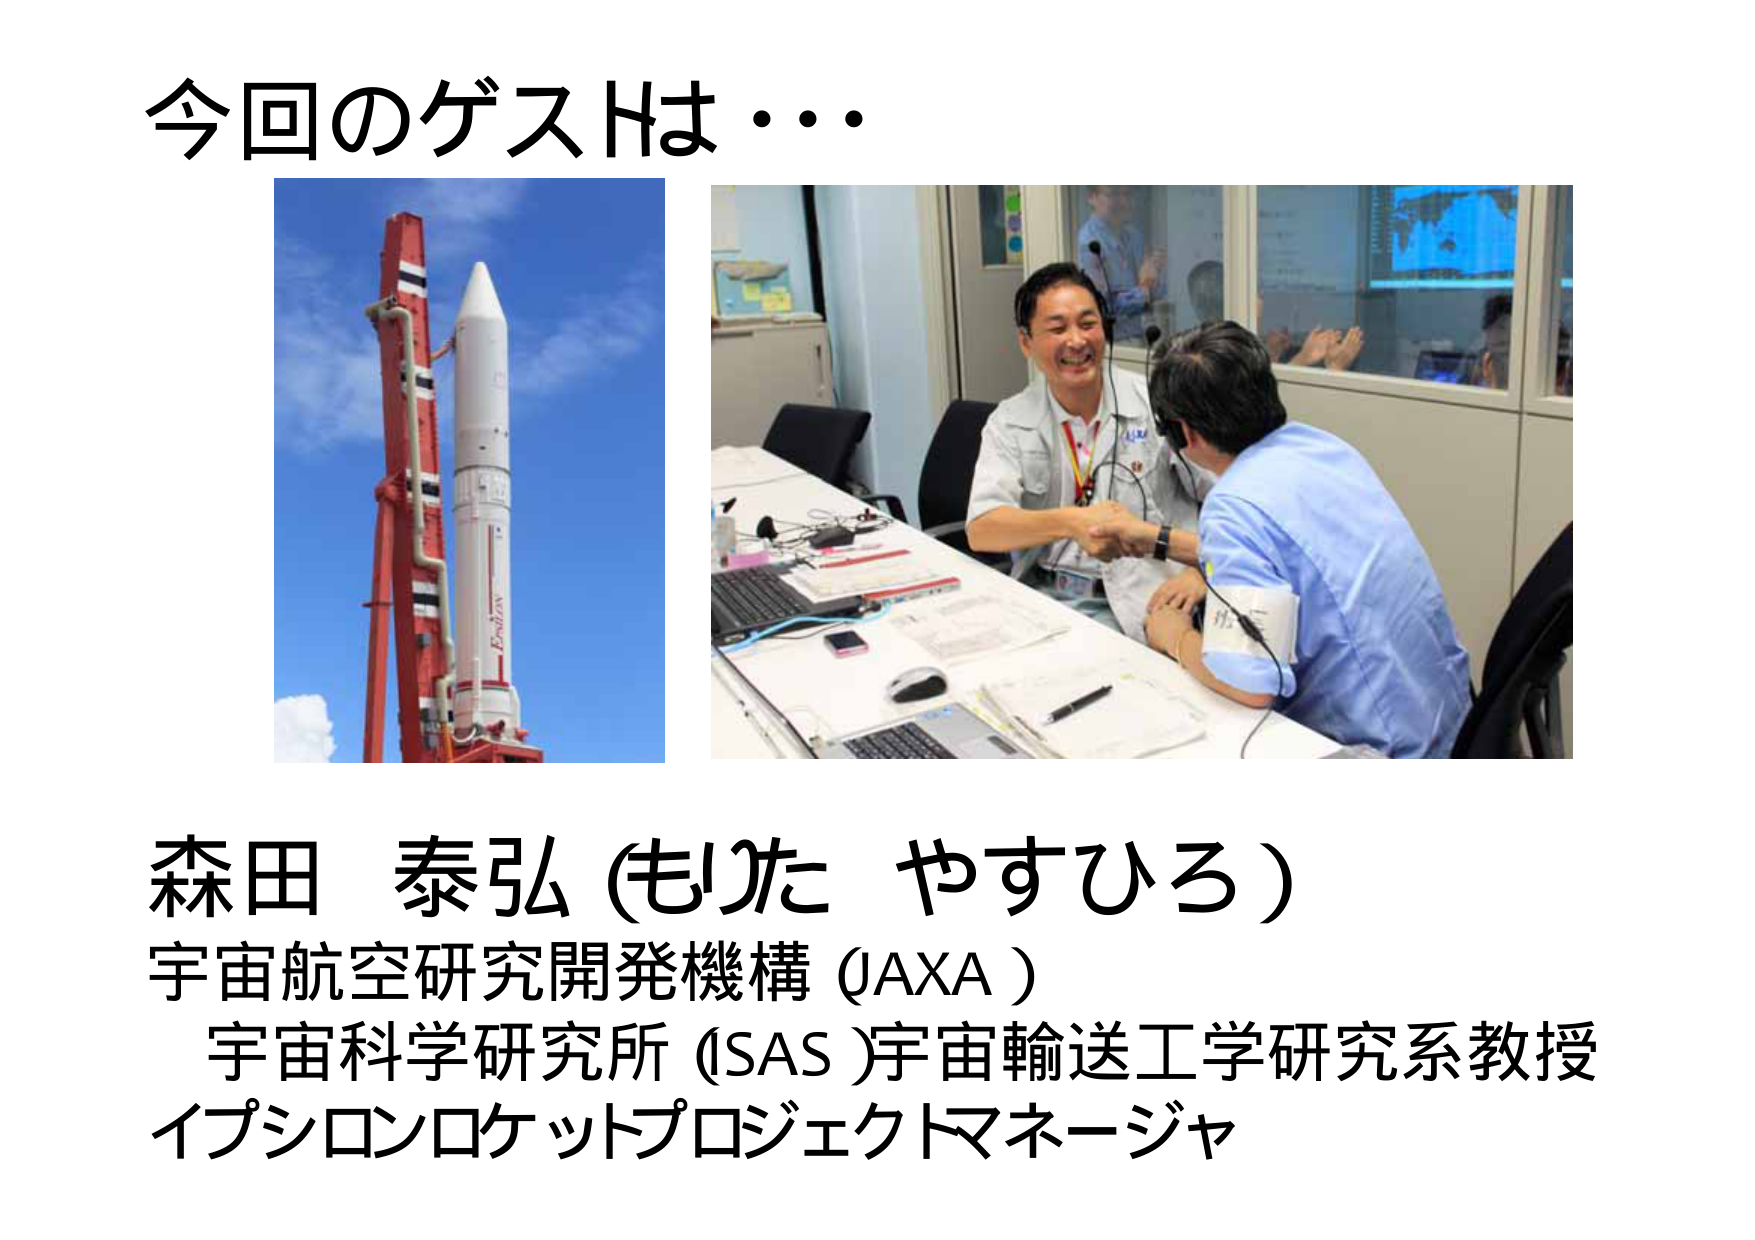
今回のゲストは・・・
Epsilon
森田 泰弘 (もた やすひろ)
宇宙航空研究開発機構 (JAXA)
宇宙科学研究所 (ISAS) 宇宙輸送工学研究系教授
イプシロンロケットプロジェクトマネージャ